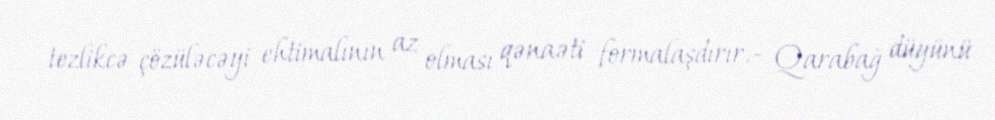
tezlikcə çözüləcəyi ehtimalının az olması qənaəti formalaşdırır.- Qarabağ düyünü